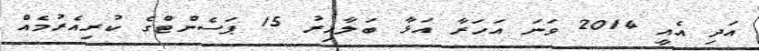
އަދި އެއީ 2014 ވަނަ އަހަރާ އަޅާ ބަލާއިރު 15 ޕަސެންޓްގެ ކުރިއެރުމެއް